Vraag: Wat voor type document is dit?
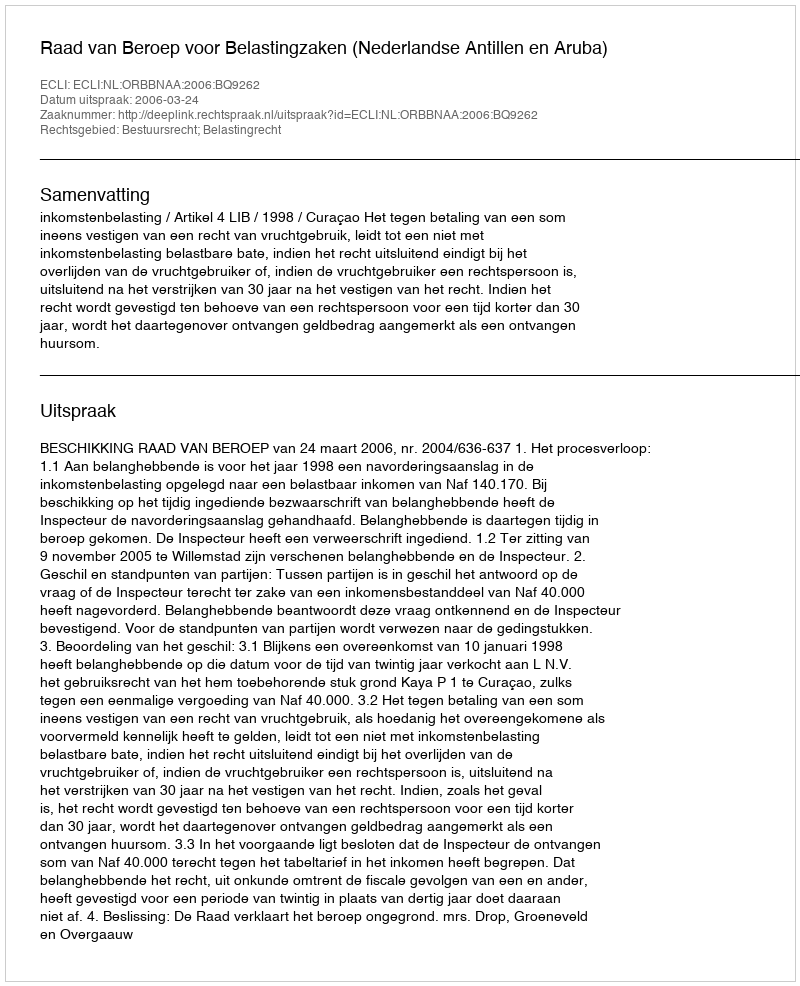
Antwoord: Uitspraak